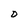
Character: D